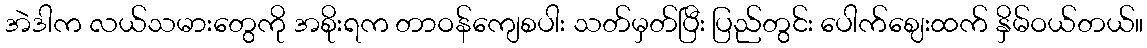
အဲဒါက လယ်သမားတွေကို အစိုးရက တာဝန်ကျေစပါး သတ်မှတ်ပြီး ပြည်တွင်း ပေါက်ဈေးထက် နှိမ်ဝယ်တယ်။